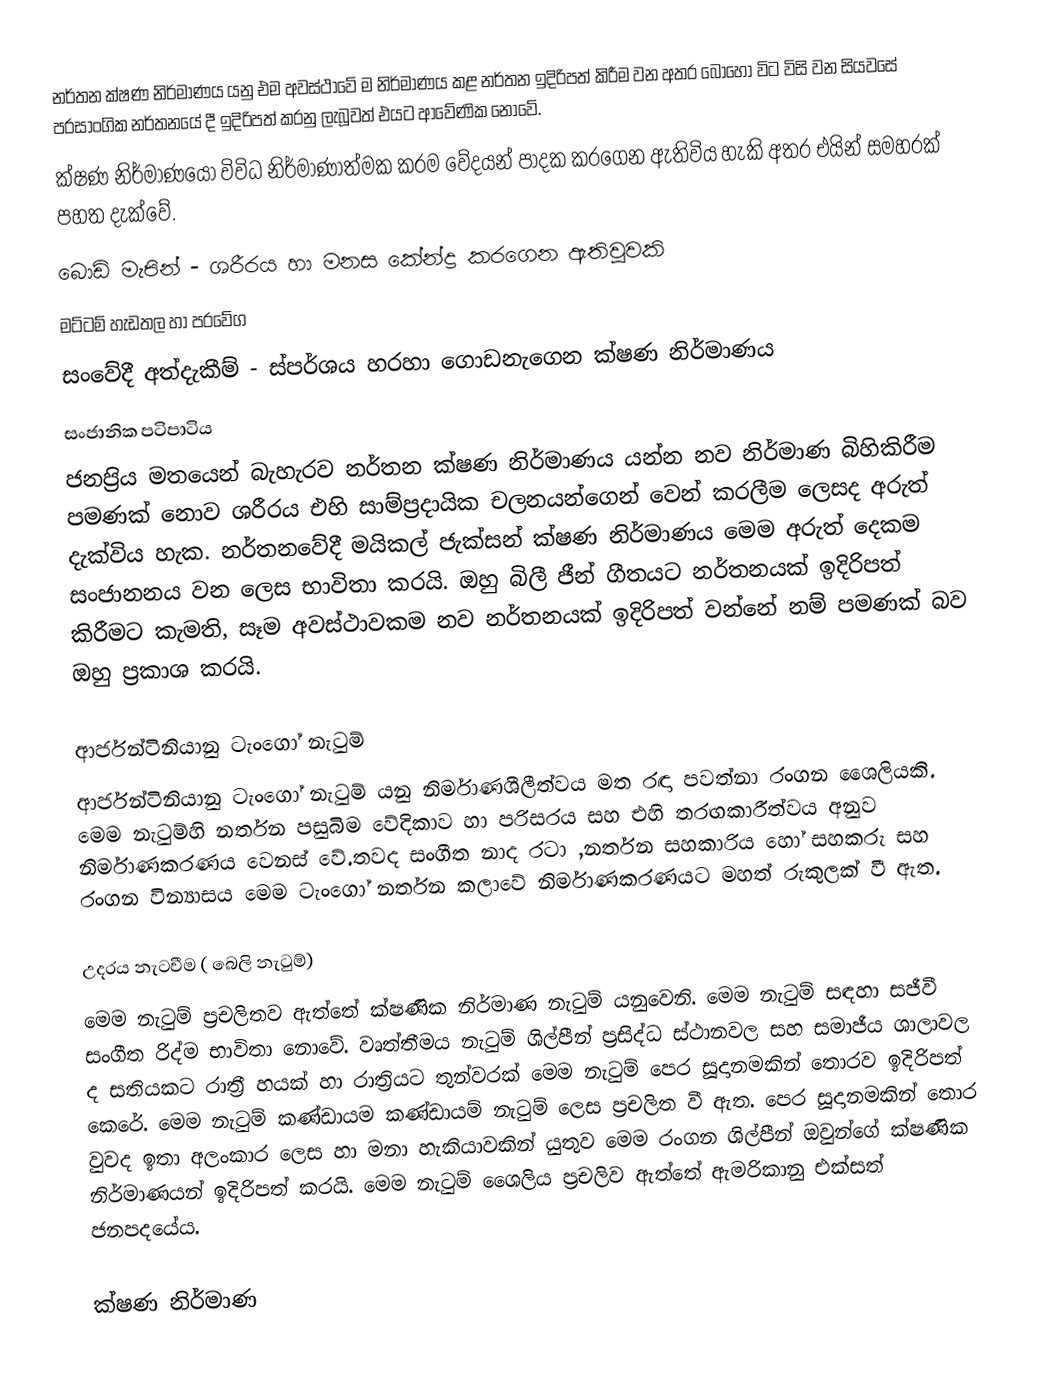
නර්තන ක්ෂණ නිර්මාණය යනු එම අවස්ථාවේ ම නිර්මාණය කළ නර්තන ඉදිරිපත් කිරීම වන අතර බොහෝ විට විසි වන සියවසේ ප‍්‍රසාංගික නර්තනයේ දී ඉදිරිපත් කරනු ලැබූවත් එයට ආවේණික නොවේ.
ක්ෂණ නිර්මාණයෝ විවිධ නිර්මාණාත්මක ක‍්‍රම වේදයන් පාදක කරගෙන ඇතිවිය හැකි අතර එයින් සමහරක් පහත දැක්වේ.
බොඩි මැපින් - ශරීරය හා මනස කේන්ද්‍ර කරගෙන ඇතිවූවකි
මට්ටම් හැඩතල හා ප‍්‍රවේග
සංවේදී අත්දැකීම් - ස්පර්ශය හරහා ගොඩනැගෙන ක්ෂණ නිර්මාණය
සංජානික පටිපාටිය
ජනප‍්‍රිය මතයෙන් බැහැරව නර්තන ක්ෂණ නිර්මාණය යන්න නව නිර්මාණ බිහිකිරීම පමණක් නොව ශරීරය එහි සාම්ප‍්‍රදායික චලනයන්ගෙන් වෙන් කරලීම ලෙසද අරුත් දැක්විය හැක. නර්තනවේදී මයිකල් ජැක්සන් ක්ෂණ නිර්මාණය මෙම අරුත් දෙකම සංජානනය වන ලෙස භාවිතා කරයි. ඔහු බිලී ජීන් ගීතයට නර්තනයක් ඉදිරිපත් කිරීමට කැමති, සෑම අවස්ථාවකම නව නර්තනයක් ඉදිරිපත් වන්නේ නම් පමණක් බව ඔහු ප‍්‍රකාශ කරයි.

ආර්ජන්ටිනියානු ටැංගෝ නැටුම්
ආර්ජන්ටිනියානු ටැංගෝ නැටුම් යනු නිර්මාණශීලීත්වය මත රඳා පවත්නා රංගන ශෛලියකි. මෙම නැටුම්හි නර්තන පසුබිම වේදිකාව හා පරිසරය සහ එහි තරඟකාරීත්වය අනුව නිර්මාණකරණය වෙනස් වේ.තවද සංගීත නාද රටා ,නර්තන සහකාරිය හෝ සහකරු සහ රංගන වින්‍යාසය මෙම ටැංගෝ නර්තන කලාවේ නිර්මාණකරණයට මහත් රුකුලක් වී ඇත.

උදරය නැටවීම ( බෙලි නැටුම්)
මෙම නැටුම් ප්‍රචලිතව ඇත්තේ ක්ෂණික නිර්මාණ නැටුම් යනුවෙනි. මෙම නැටුම් සඳහා සජීවී සංගීත රිද්ම භාවිතා නොවේ. වෘත්තීමය නැටුම් ශිල්පීන් ප්‍රසිද්ධ ස්ථානවල සහ සමාජීය ශාලාවල ද සතියකට රාත්‍රී හයක් හා රාත්‍රියට තුන්වරක් මෙම නැටුම්  පෙර සූදානමකින් තොරව ඉදිරිපත් කෙරේ. මෙම නැටුම් කණ්ඩායම කණ්ඩායම් නැටුම් ලෙස ප්‍රචලිත වී ඇත. පෙර සූදානමකින් තොර වුවද ඉතා අලංකාර ලෙස හා මනා හැකියාවකින් යුතුව මෙම රංගන ශිල්පීන් ඔවුන්ගේ ක්ෂණික නිර්මාණයන් ඉදිරිපත් කරයි. මෙම නැටුම් ශෛලිය ප්‍රචලිව ඇත්තේ ඇමරිකානු එක්සත් ජනපදයේය.

ක්ෂණ නිර්මාණ